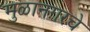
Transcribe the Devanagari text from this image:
मुळानगरचे